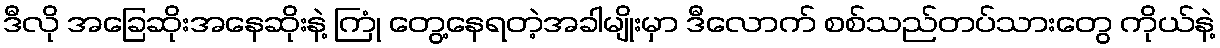
ဒီလို အခြေဆိုးအနေဆိုးနဲ့ ကြုံ တွေ့နေရတဲ့အခါမျိုးမှာ ဒီလောက် စစ်သည်တပ်သားတွေ ကိုယ်နဲ့